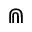
\Cap